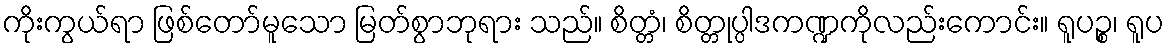
ကိုးကွယ်ရာ ဖြစ်တော်မူသော မြတ်စွာဘုရား သည်။ စိတ္တံ၊ စိတ္တုပ္ပါဒကဏ္ဍကိုလည်းကောင်း။ ရူပဉ္စ၊ ရူပ